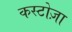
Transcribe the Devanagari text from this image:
कस्टोज़ा